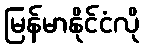
မြန်မာနိုင်ငံလို